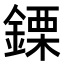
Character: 𨫊